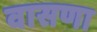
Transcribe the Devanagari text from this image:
वासणा